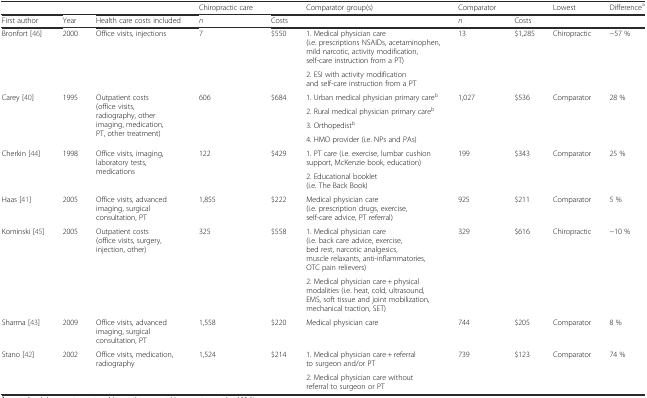
<table><thead><tr><td></td><td></td><td></td><td><b>Chiropractic care</b></td><td></td><td><b>Comparator group(s)</b></td><td><b>Comparator</b></td><td></td><td><b>Lowest</b></td><td><b>Difference<sup>a</sup></b></td></tr><tr><td><b>First author</b></td><td><b>Year</b></td><td><b>Health care costs included</b></td><td><b><i>n</i></b></td><td><b>Costs</b></td><td></td><td><b><i>n</i></b></td><td><b>Costs</b></td><td></td><td></td></tr></thead><tbody><tr><td rowspan="2">Bronfort [46]</td><td rowspan="2">2000</td><td rowspan="2">Office visits, injections</td><td rowspan="2">7</td><td rowspan="2">$550</td><td>1. Medical physician care (i.e. prescriptions NSAIDs, acetaminophen, mild narcotic, activity modification, self-care instruction from a PT)</td><td rowspan="2">13</td><td rowspan="2">$1,285</td><td rowspan="2">Chiropractic</td><td rowspan="2">−57 %</td></tr><tr><td>2. ESI with activity modification and self-care instruction from a PT</td></tr><tr><td rowspan="4">Carey [40]</td><td rowspan="4">1995</td><td rowspan="4">Outpatient costs (office visits, radiography, other imaging, medication, PT, other treatment)</td><td rowspan="4">606</td><td rowspan="4">$684</td><td>1. Urban medical physician primary care<sup>b</sup></td><td rowspan="4">1,027</td><td rowspan="4">$536</td><td rowspan="4">Comparator</td><td rowspan="4">28 %</td></tr><tr><td>2. Rural medical physician primary care<sup>b</sup></td></tr><tr><td>3. Orthopedist<sup>b</sup></td></tr><tr><td>4. HMO provider (i.e. NPs and PAs)</td></tr><tr><td rowspan="2">Cherkin [44]</td><td rowspan="2">1998</td><td rowspan="2">Office visits, imaging, laboratory tests, medications</td><td rowspan="2">122</td><td rowspan="2">$429</td><td>1. PT care (i.e. exercise, lumbar cushion support, McKenzie book, education)</td><td rowspan="2">199</td><td rowspan="2">$343</td><td rowspan="2">Comparator</td><td rowspan="2">25 %</td></tr><tr><td>2. Educational booklet (i.e. The Back Book)</td></tr><tr><td>Haas [41]</td><td>2005</td><td>Office visits, advanced imaging, surgical consultation, PT</td><td>1,855</td><td>$222</td><td>Medical physician care (i.e. prescription drugs, exercise, self-care advice, PT referral)</td><td>925</td><td>$211</td><td>Comparator</td><td>5 %</td></tr><tr><td rowspan="2">Kominski [45]</td><td rowspan="2">2005</td><td rowspan="2">Outpatient costs (office visits, surgery, injection, other)</td><td rowspan="2">325</td><td rowspan="2">$558</td><td>1. Medical physician care (i.e. back care advice, exercise, bed rest, narcotic analgesics, muscle relaxants, anti-inflammatories, OTC pain relievers)</td><td rowspan="2">329</td><td rowspan="2">$616</td><td rowspan="2">Chiropractic</td><td rowspan="2">−10 %</td></tr><tr><td>2. Medical physician care + physical modalities (i.e. heat, cold, ultrasound, EMS, soft tissue and joint mobilization, mechanical traction, SET)</td></tr><tr><td>Sharma [43]</td><td>2009</td><td>Office visits, advanced imaging, surgical consultation, PT</td><td>1,558</td><td>$220</td><td>Medical physician care</td><td>744</td><td>$205</td><td>Comparator</td><td>8 %</td></tr><tr><td rowspan="2">Stano [42]</td><td rowspan="2">2002</td><td rowspan="2">Office visits, medication, radiography</td><td rowspan="2">1,524</td><td rowspan="2">$214</td><td>1. Medical physician care + referral to surgeon and/or PT</td><td rowspan="2">739</td><td rowspan="2">$123</td><td rowspan="2">Comparator</td><td rowspan="2">74 %</td></tr><tr><td>2. Medical physician care without referral to surgeon or PT</td></tr></tbody></table>